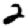
Digit: 2